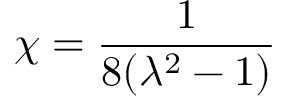
\chi = \frac { 1 } { 8 ( \lambda ^ { 2 } - 1 ) }